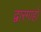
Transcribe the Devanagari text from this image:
द्वारगाहों